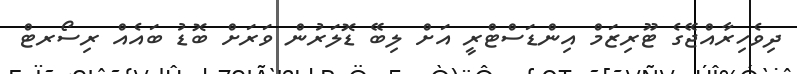
ދިވެހިރާއްޖޭގެ ޓޫރިޒަމް އިންޑަސްޓްރީ އަށް ލިބޭ ޑޮލަރުން ވަރަށް ބޮޑު ބައެއް ރިސޯރޓް